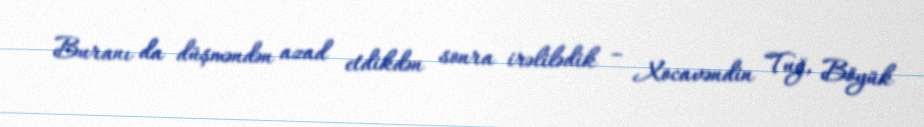
Buranı da düşməndən azad etdikdən sonra irəlilədik – Xocavəndin Tuğ, Böyük